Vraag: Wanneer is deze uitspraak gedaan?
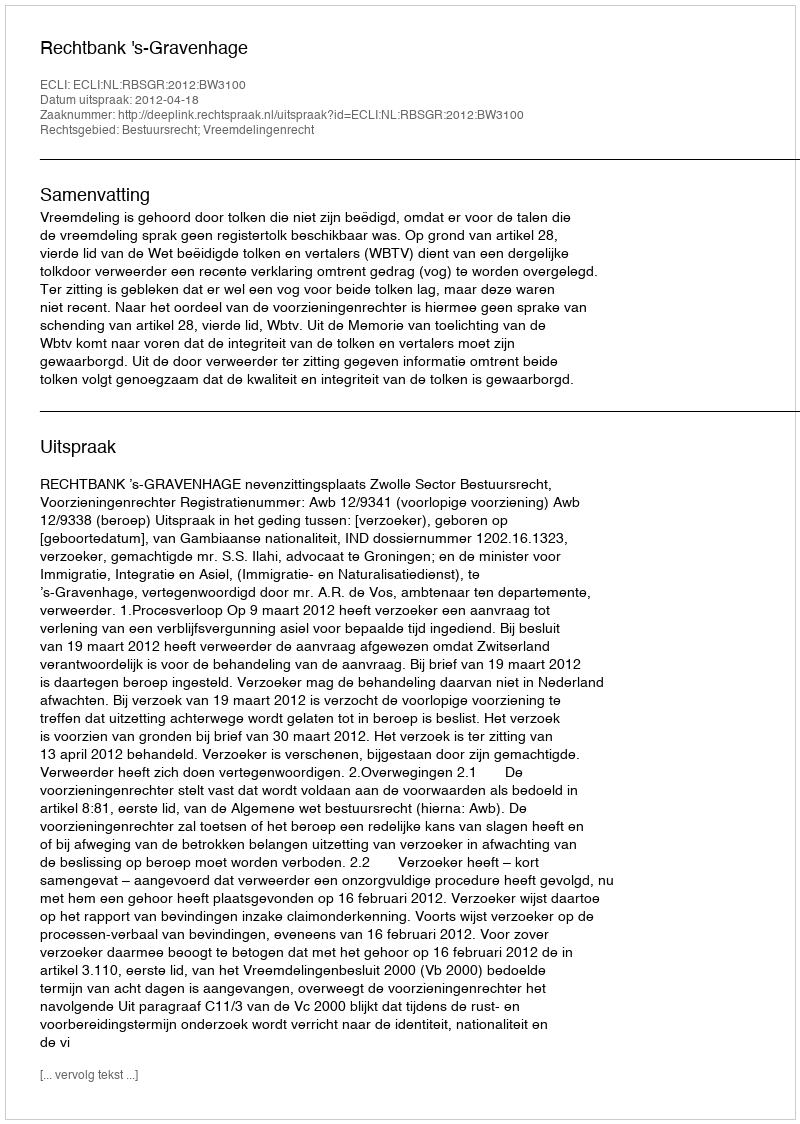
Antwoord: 2012-04-18